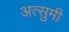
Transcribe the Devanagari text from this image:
अत्सुमी